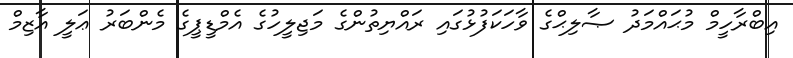
އިބްރާހީމް މުޙައްމަދު ޞާލިޙްގެ ވާހަކަފުޅުގައި ރައްޔިތުންގެ މަޖިލީހުގެ އެމްޑީޕީގެ މެންބަރު ޢަލީ އާޒިމް